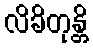
လိခိတုန္တိ